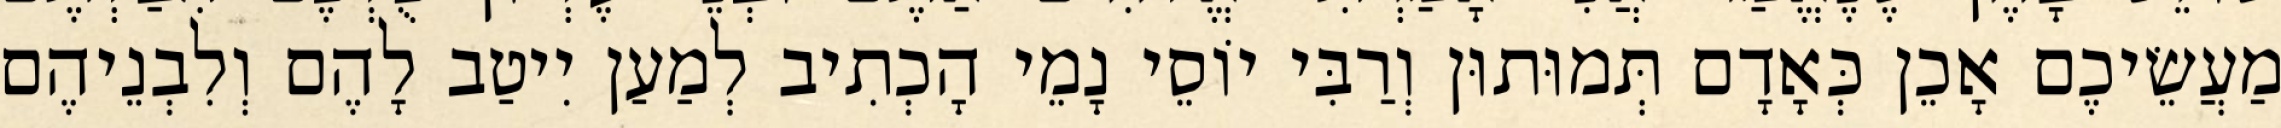
מַעֲשֵׂיכֶם אָכֵן כְּאָדָם תְּמוּתוּן וְרַבִּי יוֹסֵי נָמֵי הָכְתִיב לְמַעַן יִיטַב לָהֶם וְלִבְנֵיהֶם